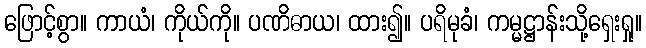
ဖြောင့်စွာ။ ကာယံ၊ ကိုယ်ကို။ ပဏိဓာယ၊ ထား၍။ ပရိမုခံ၊ ကမ္မဋ္ဌာန်းသို့ရှေးရှု။